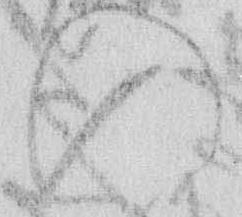
の